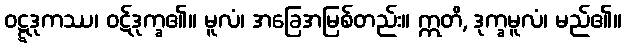
ဝဋ္ဋဒုကဿ၊ ဝဋ်ဒုက္ခ၏။ မူလံ၊ အခြေအမြစ်တည်း။ ဣတိ, ဒုက္ခမူလံ၊ မည်၏။